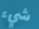
شيء